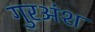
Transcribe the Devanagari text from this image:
गुरअंश